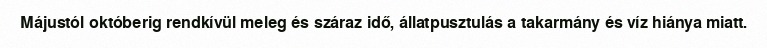
Májustól októberig rendkívül meleg és száraz idő, állatpusztulás a takarmány és víz hiánya miatt.